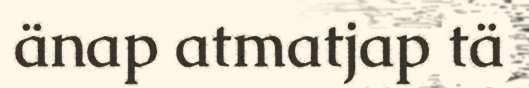
änap atmatjap tä